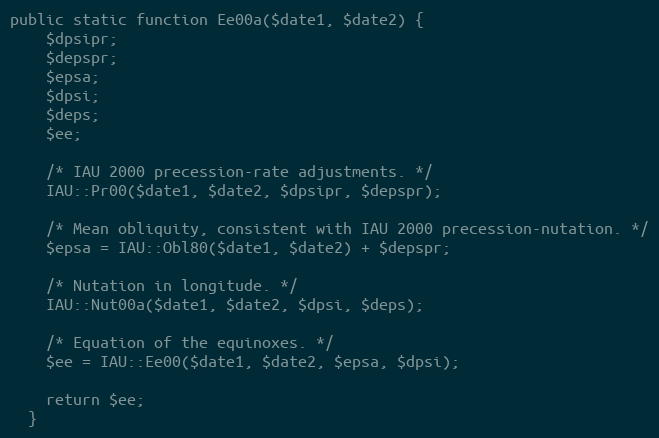
Language: PHP
public static function Ee00a($date1, $date2) {
    $dpsipr;
    $depspr;
    $epsa;
    $dpsi;
    $deps;
    $ee;

    /* IAU 2000 precession-rate adjustments. */
    IAU::Pr00($date1, $date2, $dpsipr, $depspr);

    /* Mean obliquity, consistent with IAU 2000 precession-nutation. */
    $epsa = IAU::Obl80($date1, $date2) + $depspr;

    /* Nutation in longitude. */
    IAU::Nut00a($date1, $date2, $dpsi, $deps);

    /* Equation of the equinoxes. */
    $ee = IAU::Ee00($date1, $date2, $epsa, $dpsi);

    return $ee;
  }